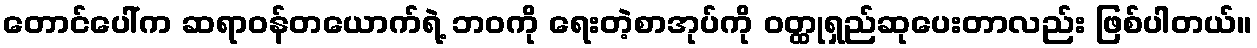
တောင်ပေါ်က ဆရာဝန်တယောက်ရဲ့ ဘဝကို ရေးတဲ့စာအုပ်ကို ဝတ္ထုရှည်ဆုပေးတာလည်း ဖြစ်ပါတယ်။